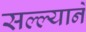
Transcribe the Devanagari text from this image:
सल्ल्यानें